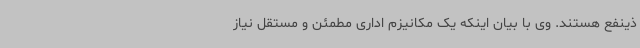
ذینفع هستند. وی با بیان اینکه یک مکانیزم اداری مطمئن و مستقل نیاز